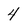
Character: 4